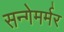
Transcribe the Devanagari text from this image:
सन्गेमर्मर